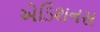
એડિશનસ